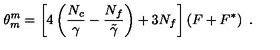
\theta _ { m } ^ { m } = \left[ 4 \left( \frac { N _ { c } } { \gamma } - \frac { N _ { f } } { \tilde { \gamma } } \right) + 3 N _ { f } \right] \left( F + F ^ { * } \right) \ .